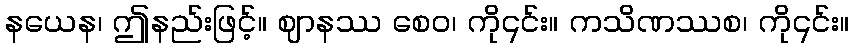
နယေန၊ ဤနည်းဖြင့်။ ဈာနဿ စေဝ၊ ကို၎င်း။ ကသိဏဿစ၊ ကို၎င်း။